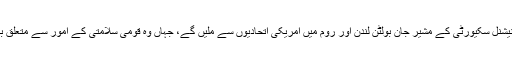
قومی سلامتی کونسل کے ترجمان گریٹ مارکس نے ایک ٹوئیٹ میں کہا کہ جون کی 25 سے 27 تک امریکی نیشنل سکیورٹی کے مشیر جان بولٹن لندن اور روم میں امریکی اتحادیوں سے ملیں گے، جہاں وہ قومی سلامتی کے امور سے متعلق بات کریں گے اور ماسکو جائیں گے جہاں وہ صدر ٹرمپ اور پوٹن کے درمیان ممکنہ ملاقات پر بات کریں گے۔